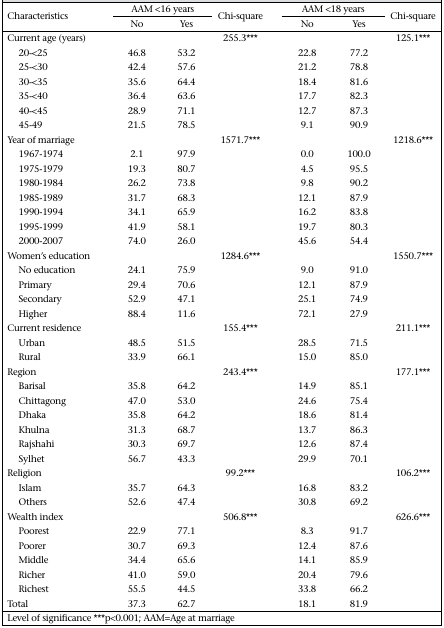
<table><thead><tr><td rowspan="2"><b>Characteristics</b></td><td colspan="2"><b>AAM &lt;16 years</b></td><td rowspan="2"><b>Chi-square</b></td><td rowspan="2"></td><td colspan="2"><b>AAM &lt;18 years</b></td><td rowspan="2"><b>Chi-square</b></td></tr><tr><td><b>No</b></td><td><b>Yes</b></td><td><b>No</b></td><td><b>Yes</b></td></tr></thead><tbody><tr><td>Current age (years)</td><td></td><td></td><td>255.3***</td><td></td><td></td><td></td><td>125.1***</td></tr><tr><td>20-&lt;25</td><td>46.8</td><td>53.2</td><td></td><td></td><td>22.8</td><td>77.2</td><td></td></tr><tr><td>25-&lt;30</td><td>42.4</td><td>57.6</td><td></td><td></td><td>21.2</td><td>78.8</td><td></td></tr><tr><td>30-&lt;35</td><td>35.6</td><td>64.4</td><td></td><td></td><td>18.4</td><td>81.6</td><td></td></tr><tr><td>35-&lt;40</td><td>36.4</td><td>63.6</td><td></td><td></td><td>17.7</td><td>82.3</td><td></td></tr><tr><td>40-&lt;45</td><td>28.9</td><td>71.1</td><td></td><td></td><td>12.7</td><td>87.3</td><td></td></tr><tr><td>45-49</td><td>21.5</td><td>78.5</td><td></td><td></td><td>9.1</td><td>90.9</td><td></td></tr><tr><td>Year of marriage</td><td></td><td></td><td>1571.7***</td><td></td><td></td><td></td><td>1218.6***</td></tr><tr><td>1967-1974</td><td>2.1</td><td>97.9</td><td></td><td></td><td>0.0</td><td>100.0</td><td></td></tr><tr><td>1975-1979</td><td>19.3</td><td>80.7</td><td></td><td></td><td>4.5</td><td>95.5</td><td></td></tr><tr><td>1980-1984</td><td>26.2</td><td>73.8</td><td></td><td></td><td>9.8</td><td>90.2</td><td></td></tr><tr><td>1985-1989</td><td>31.7</td><td>68.3</td><td></td><td></td><td>12.1</td><td>87.9</td><td></td></tr><tr><td>1990-1994</td><td>34.1</td><td>65.9</td><td></td><td></td><td>16.2</td><td>83.8</td><td></td></tr><tr><td>1995-1999</td><td>41.9</td><td>58.1</td><td></td><td></td><td>19.7</td><td>80.3</td><td></td></tr><tr><td>2000-2007</td><td>74.0</td><td>26.0</td><td></td><td></td><td>45.6</td><td>54.4</td><td></td></tr><tr><td>Women&#x27;s education</td><td></td><td></td><td>1284.6***</td><td></td><td></td><td></td><td>1550.7***</td></tr><tr><td>No education</td><td>24.1</td><td>75.9</td><td></td><td></td><td>9.0</td><td>91.0</td><td></td></tr><tr><td>Primary</td><td>29.4</td><td>70.6</td><td></td><td></td><td>12.1</td><td>87.9</td><td></td></tr><tr><td>Secondary</td><td>52.9</td><td>47.1</td><td></td><td></td><td>25.1</td><td>74.9</td><td></td></tr><tr><td>Higher</td><td>88.4</td><td>11.6</td><td></td><td></td><td>72.1</td><td>27.9</td><td></td></tr><tr><td>Current residence</td><td></td><td></td><td>155.4***</td><td></td><td></td><td></td><td>211.1***</td></tr><tr><td>Urban</td><td>48.5</td><td>51.5</td><td></td><td></td><td>28.5</td><td>71.5</td><td></td></tr><tr><td>Rural</td><td>33.9</td><td>66.1</td><td></td><td></td><td>15.0</td><td>85.0</td><td></td></tr><tr><td>Region</td><td></td><td></td><td>243.4***</td><td></td><td></td><td></td><td>177.1***</td></tr><tr><td>Barisal</td><td>35.8</td><td>64.2</td><td></td><td></td><td>14.9</td><td>85.1</td><td></td></tr><tr><td>Chittagong</td><td>47.0</td><td>53.0</td><td></td><td></td><td>24.6</td><td>75.4</td><td></td></tr><tr><td>Dhaka</td><td>35.8</td><td>64.2</td><td></td><td></td><td>18.6</td><td>81.4</td><td></td></tr><tr><td>Khulna</td><td>31.3</td><td>68.7</td><td></td><td></td><td>13.7</td><td>86.3</td><td></td></tr><tr><td>Rajshahi</td><td>30.3</td><td>69.7</td><td></td><td></td><td>12.6</td><td>87.4</td><td></td></tr><tr><td>Sylhet</td><td>56.7</td><td>43.3</td><td></td><td></td><td>29.9</td><td>70.1</td><td></td></tr><tr><td>Religion</td><td></td><td></td><td>99.2***</td><td></td><td></td><td></td><td>106.2***</td></tr><tr><td>Islam</td><td>35.7</td><td>64.3</td><td></td><td></td><td>16.8</td><td>83.2</td><td></td></tr><tr><td>Others</td><td>52.6</td><td>47.4</td><td></td><td></td><td>30.8</td><td>69.2</td><td></td></tr><tr><td>Wealth index</td><td></td><td></td><td>506.8***</td><td></td><td></td><td></td><td>626.6***</td></tr><tr><td>Poorest</td><td>22.9</td><td>77.1</td><td></td><td></td><td>8.3</td><td>91.7</td><td></td></tr><tr><td>Poorer</td><td>30.7</td><td>69.3</td><td></td><td></td><td>12.4</td><td>87.6</td><td></td></tr><tr><td>Middle</td><td>34.4</td><td>65.6</td><td></td><td></td><td>14.1</td><td>85.9</td><td></td></tr><tr><td>Richer</td><td>41.0</td><td>59.0</td><td></td><td></td><td>20.4</td><td>79.6</td><td></td></tr><tr><td>Richest</td><td>55.5</td><td>44.5</td><td></td><td></td><td>33.8</td><td>66.2</td><td></td></tr><tr><td>Total</td><td>37.3</td><td>62.7</td><td></td><td></td><td>18.1</td><td>81.9</td><td></td></tr></tbody></table>